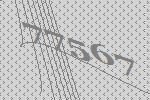
77567